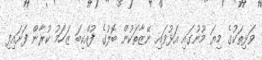
ވަޅިތަކުގެ މިޔަ މޫނުގައި އަޅުވައި ނޭޒާތަކުން ބޮލުގެ ފުއްކިބަ ޒަހަމު ކުރާން ފަށައިފި